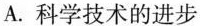
A.科学技术的进步